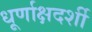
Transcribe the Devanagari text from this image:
धूर्णाक्षदर्शी